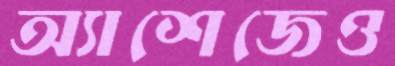
অ্যাশেজেও